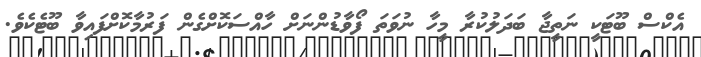
އެކްސް ބޫޓަކީ ނަތީޖާ ބަދަލުކުރާ މީހާ ނުވަތަ ފޯވާޑުންނަށް ހާއްސަކޮށްގެން ފަރުމާކޮށްފައިވާ ބޫޓެކެވެ.